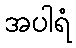
အပါရံ